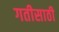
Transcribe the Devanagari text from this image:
गतीसाठी